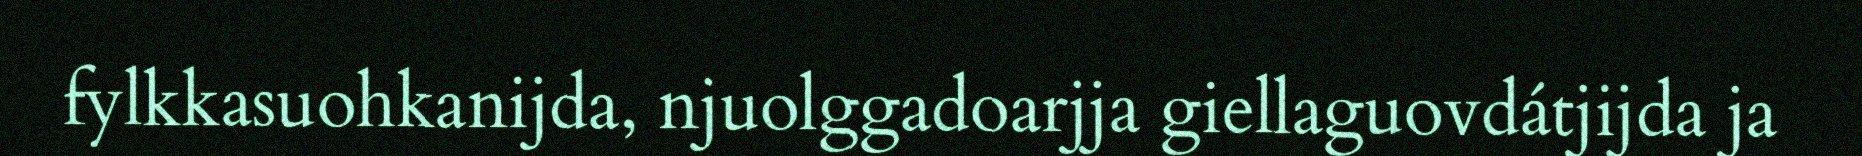
fylkkasuohkanijda, njuolggadoarjja giellaguovdátjijda ja